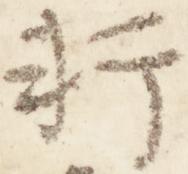
軒